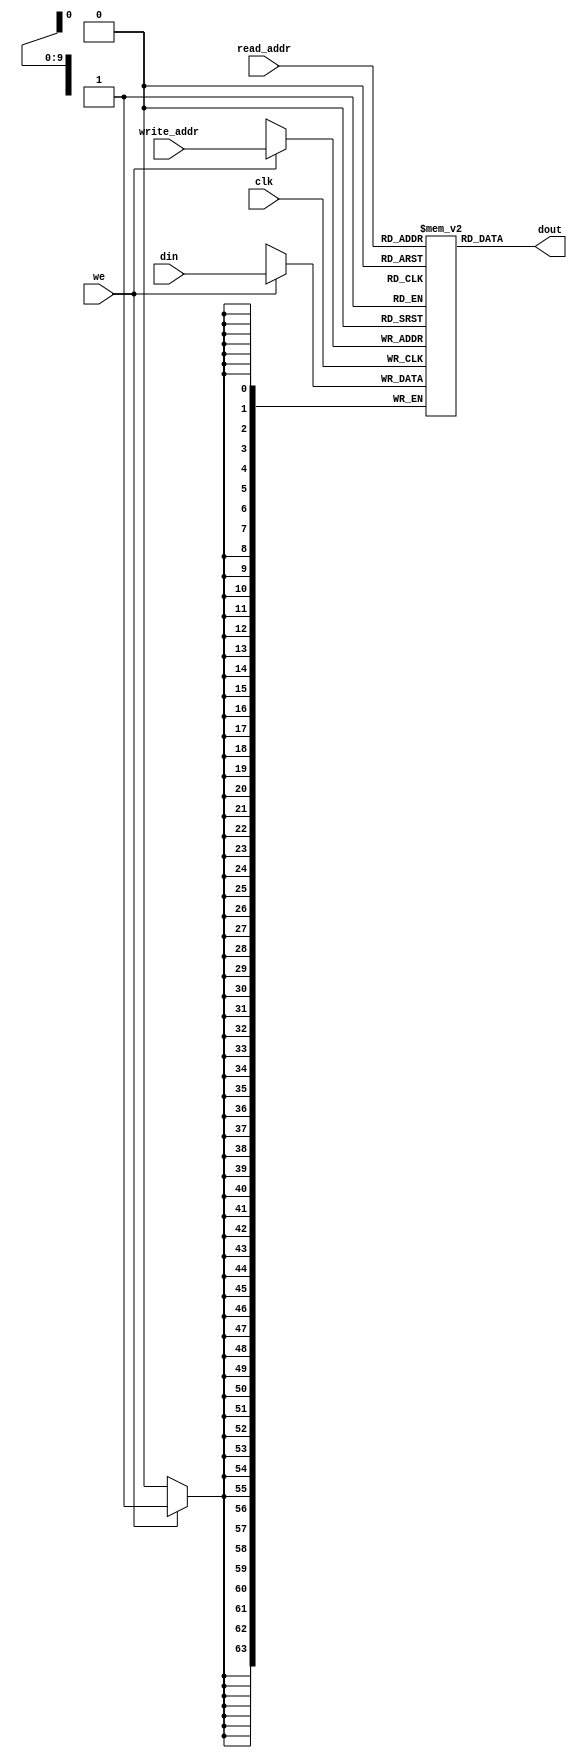
module ram_simple_dp_async_read_1024x64 (clk, we, read_addr, write_addr, din, dout);
    input clk, we;
    input [9:0] read_addr, write_addr;
    input [63:0] din;
    output [63:0] dout;
    
    reg [63:0] ram [1023:0];

    always @(posedge clk)
    begin
        if (we)
            ram[write_addr] <= din;
    end

    assign dout = ram[read_addr];

endmodule